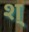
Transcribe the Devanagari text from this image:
श्‌